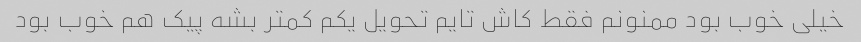
خیلی خوب بود ممنونم فقط کاش تایم تحویل یکم کمتر بشه پیک هم خوب بود